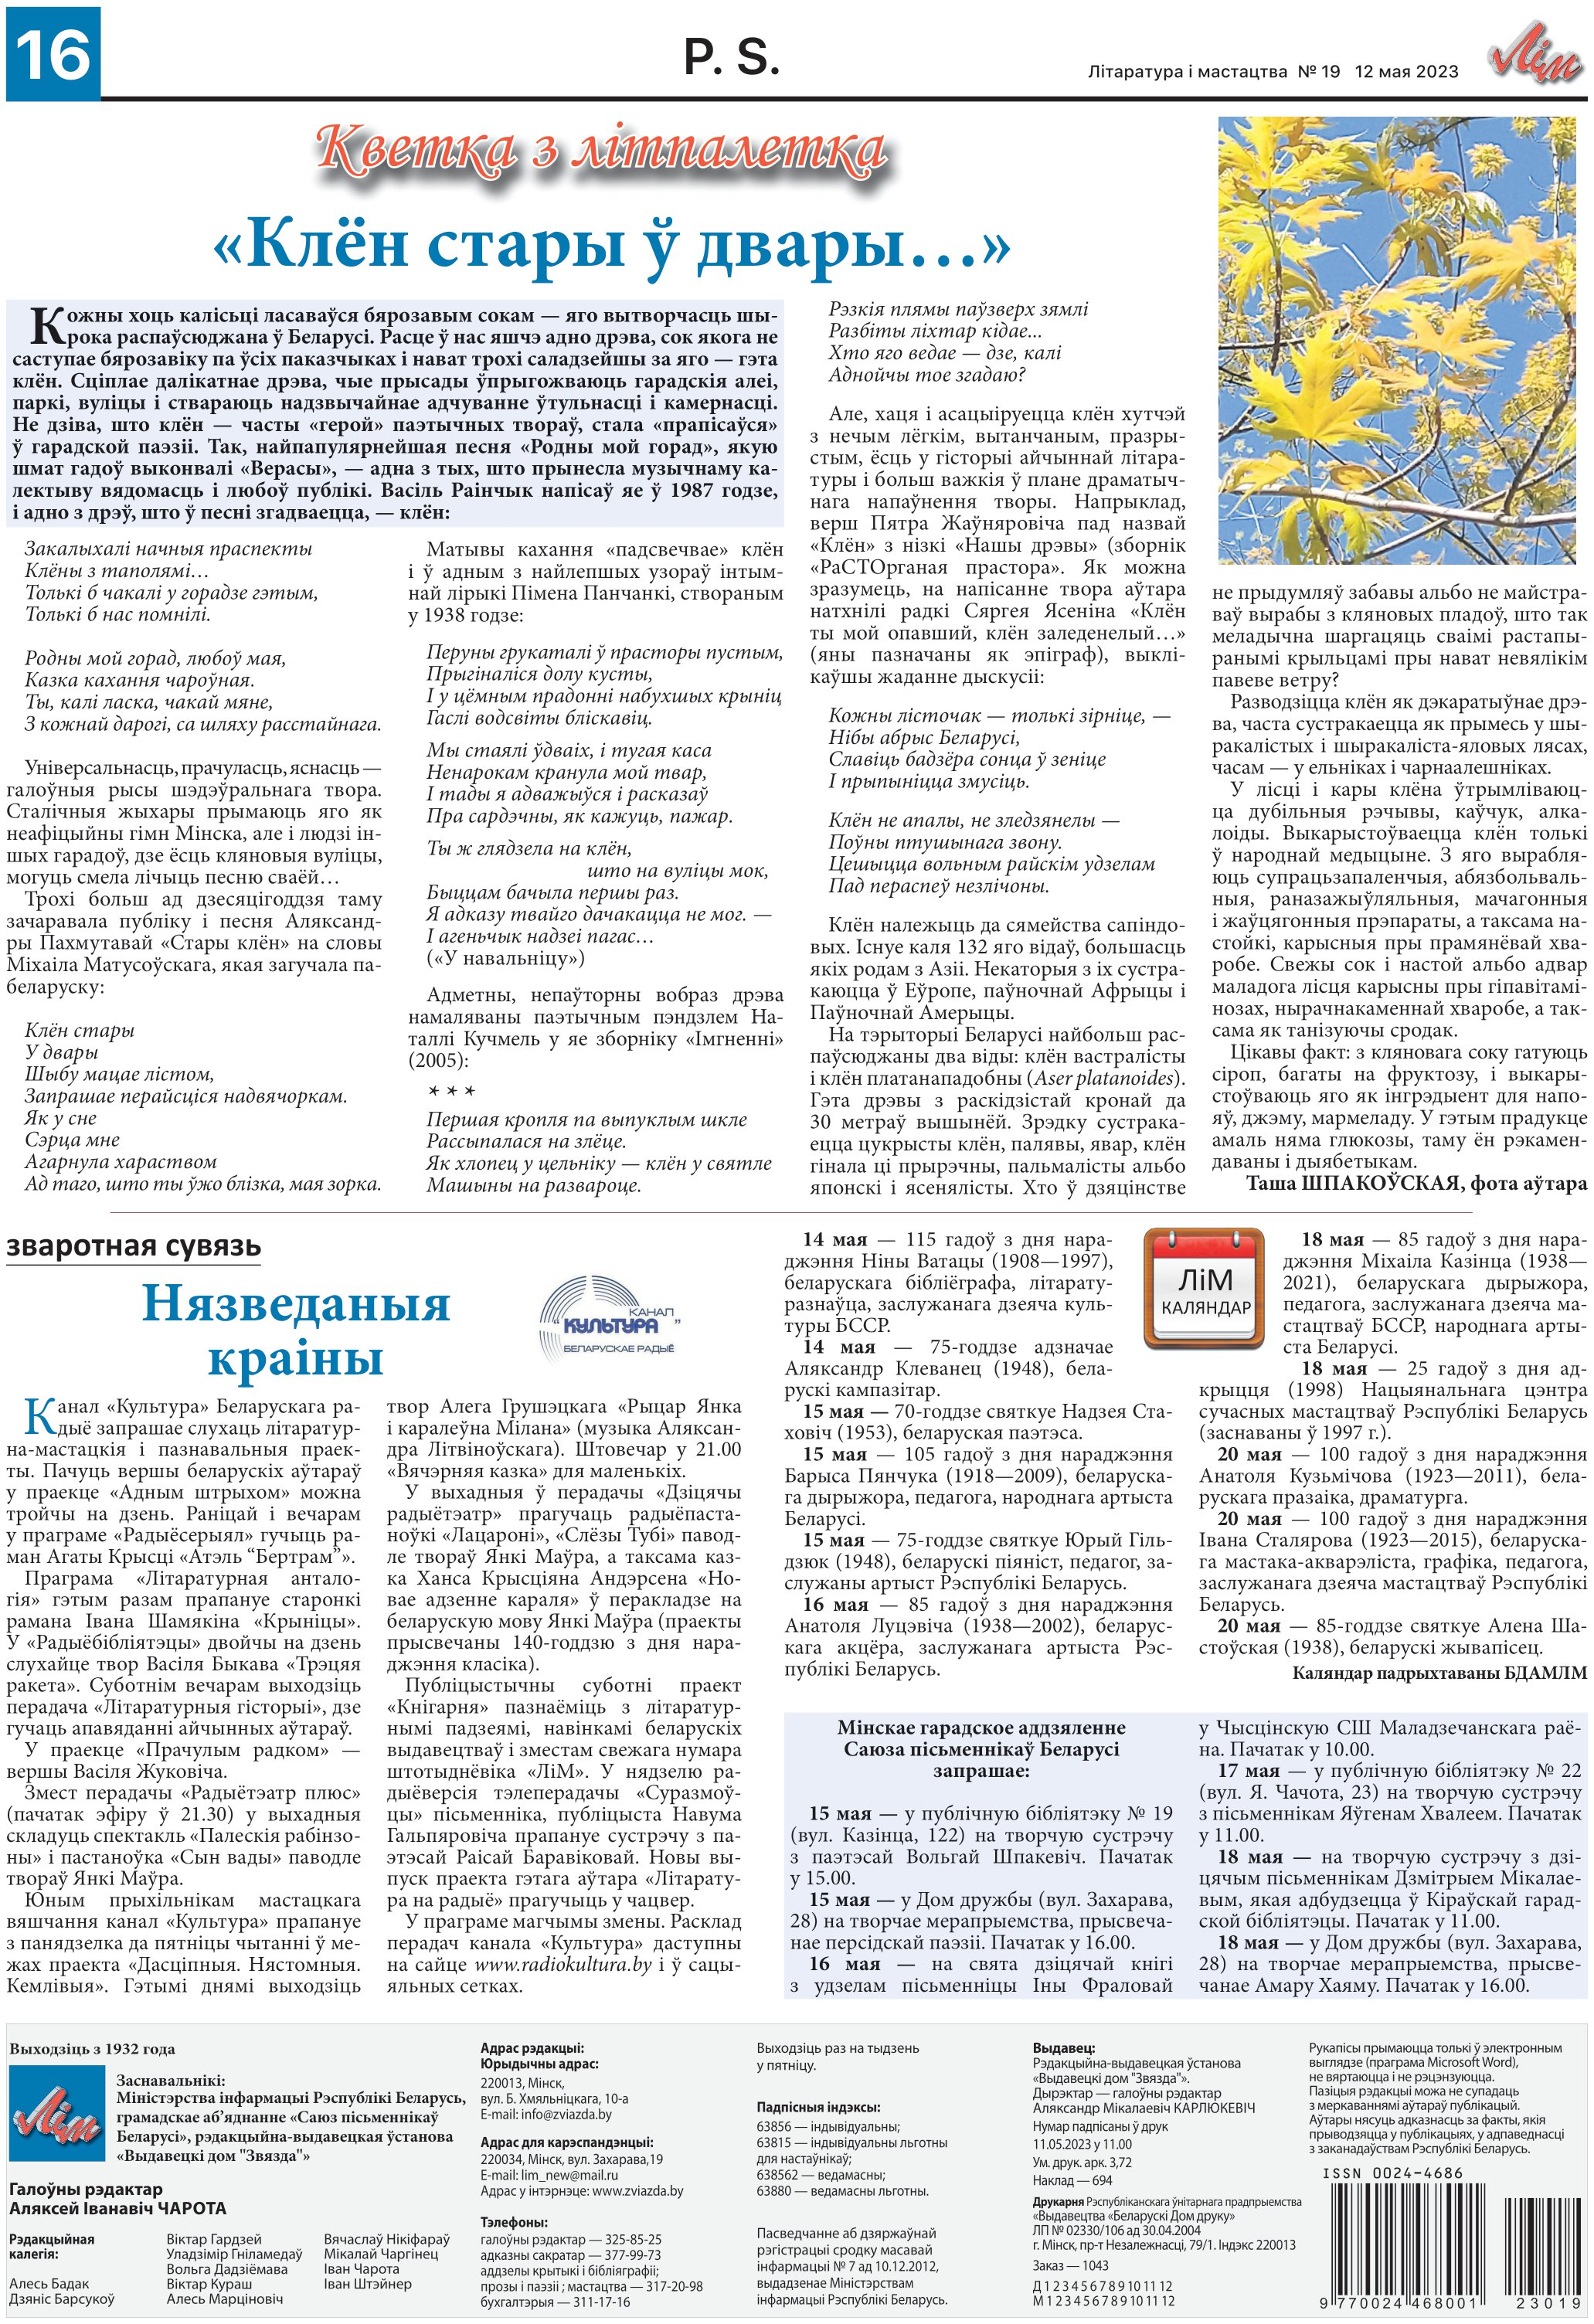
Language: be